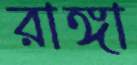
রাঙ্গা